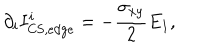
\partial _ { i } I _ { \mathrm { C S , e d g e } } ^ { i } = - { \frac { \sigma _ { x y } } { 2 } } E _ { 1 } ,